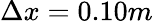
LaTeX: \Delta x=0.10m